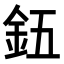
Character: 𮡨